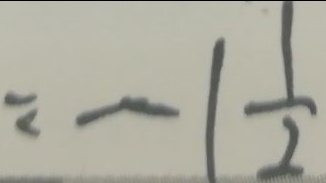
= - 1 \frac { 1 } { 2 }